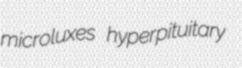
microluxes hyperpituitary